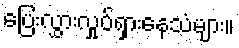
ပြေးလွှားလှုပ်ရှားနေသံများ။